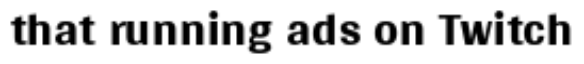
that running ads on Twitch